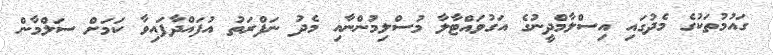
ގައުމުތަކުގެ މެދުގައި އިސްލާމްދީނުގެ އަގުވައްޓާލާ މުސްލިމުންނާއި މެދު ނަފްރަތު އުފައްދާފައިވާ ކަމަށް ސަލްމާން